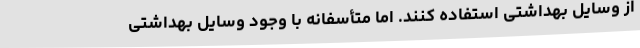
از وسایل بهداشتی استفاده کنند. اما متأسفانه با وجود وسایل بهداشتی